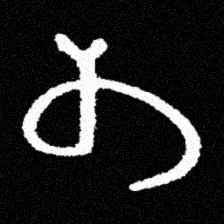
Pyu character \u2014 Myanmar letter: တ (romanized: ta)